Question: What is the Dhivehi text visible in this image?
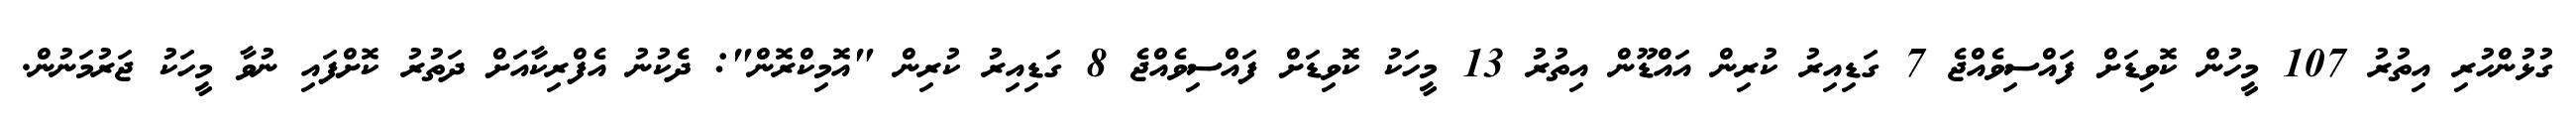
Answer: ގުޅުންހުރި އިތުރު 107 މީހުން ކޮވިޑަށް ފައްސިވެއްޖެ 7 ގަޑިއިރު ކުރިން އައްޑޫން އިތުރު 13 މީހަކު ކޮވިޑަށް ފައްސިވެއްޖެ 8 ގަޑިއިރު ކުރިން "އޮމިކްރޮން": ދެކުނު އެފްރިކާއަށް ދަތުރު ކޮށްފައި ނުވާ މީހަކު ޖަރުމަނުން.